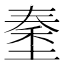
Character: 𡏑